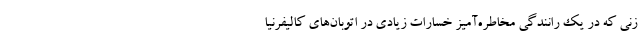
زنی که در یک رانندگی مخاطره‌‌آمیز خسارات زیادی در اتوبان‌های کالیفرنیا